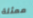
ممثلة